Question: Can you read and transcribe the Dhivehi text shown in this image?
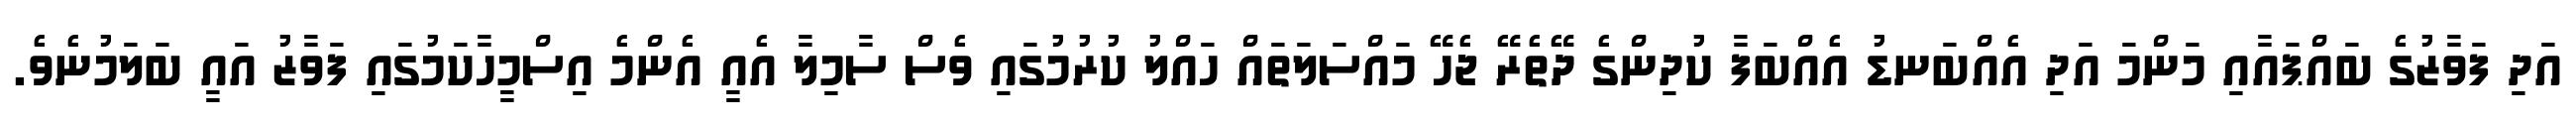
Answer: އަދި ފަވާޒުގެ ބައްޕައާއި މަންމަ އަދި އެއްބަނޑު އެއްބަފާ ކުދިންގެ ދޭތެރޭ ޖެހޭ މައްސަލަތައް ހައްލު ކުރުމުގައި ވެސް ސާމިލާ އެއީ އެންމެ އިސްމީހާކަމުގައި ފަވާޒު އައީ ބަލަމުނެވެ.